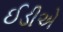
ઈડીએ